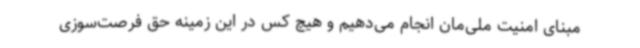
مبنای امنیت ملی‌مان انجام می‌دهیم و هیچ کس در این زمینه حق فرصت‌سوزی